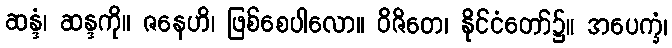
ဆန္ဒံ၊ ဆန္ဒကို။ ဇနေဟိ၊ ဖြစ်စေပါလော။ ဝိဇိတေ၊ နိုင်ငံတော်၌။ အပေက္ခံ၊